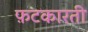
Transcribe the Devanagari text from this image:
फ़टकारती